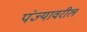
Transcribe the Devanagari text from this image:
पंज्यावरील